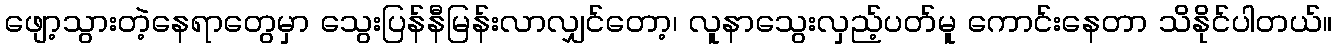
ဖျော့သွားတဲ့နေရာတွေမှာ သွေးပြန်နီမြန်းလာလျှင်တော့၊ လူနာသွေးလှည့်ပတ်မူ ကောင်းနေတာ သိနိုင်ပါတယ်။